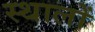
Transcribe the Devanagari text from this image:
स्थालों